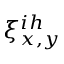
\xi _ { x , y } ^ { i h }